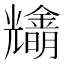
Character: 𠓓